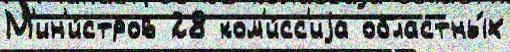
М'ин'и́стров 28 ком'и́сс'иjа областны́х